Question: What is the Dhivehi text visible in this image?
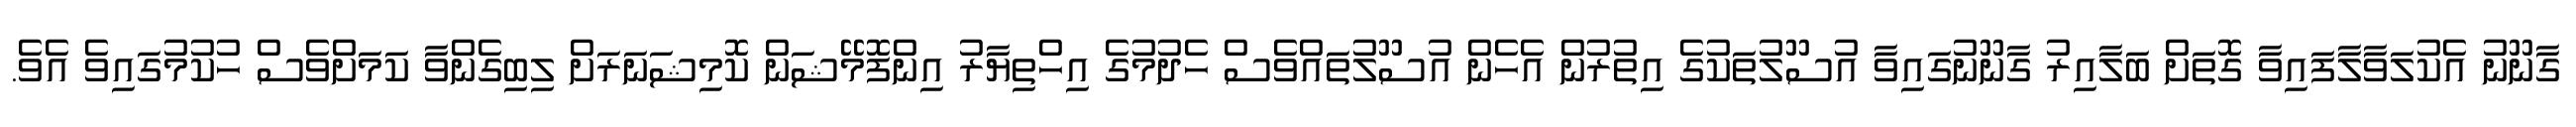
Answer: ގާނޫނު އެކުލަވާލާފައިވާ ގޮތަށް ބަލާއިރު ގާނޫނުގައިވާ އުސޫލުތަކުގެ އިތުރުން އެހެން އުސޫލުތައްވެސް ހެދުމުގެ އިހްތިޔާރު އިންފޮމޭޝަން ކޮމިޝަނަރަށް ލިބިގެންވާ ކަމަށްވެސް ހުކުމުގައިވެ އެވެ.